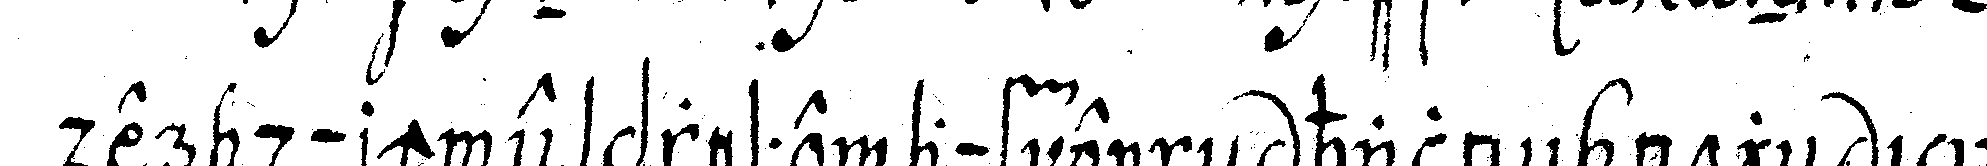
der durch expresse auf eineN halbogeN in